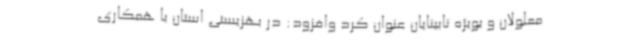
معلولان و بویژه نابینایان عنوان کرد وافزود: در بهزیستی استان با همکاری